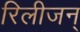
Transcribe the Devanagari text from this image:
रिलीजन्